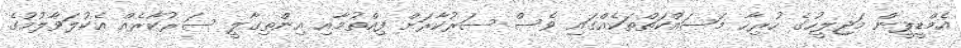
އެމްޑީޕީން މަޖިލީހުގެ ހުރިހާ މަސައްކަތްތަކެއްގައި ވެސް ސަރުކާރަށް ފިއްތުމާއި އިންތިގާލީ ސަރުކާރެއް އެކުލަވާލުމުގެ